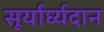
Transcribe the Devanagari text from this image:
सूर्यार्घ्यदान